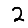
Digit: 2